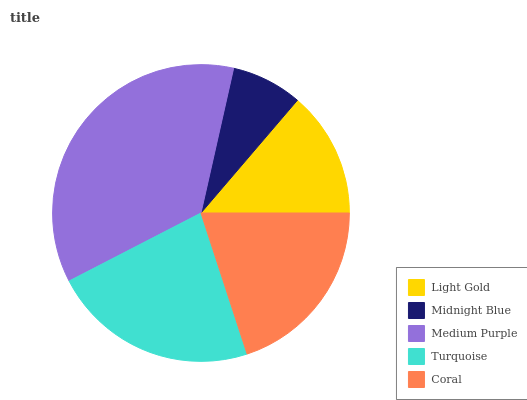
| Light Gold | Midnight Blue | Medium Purple | Turquoise | Coral |
 | --- | --- | --- | --- | --- |
 | 13.7% | 7.74% | 36.2% | 22.5% | 19.9% |